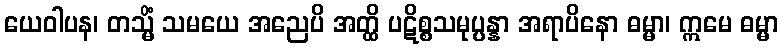
ယေဝါပန၊ တသ္မိံ သမယေ အညေပိ အတ္ထိ ပဋိစ္စသမုပ္ပန္နာ အရာပိနော ဓမ္မာ၊ ဣမေ ဓမ္မာ